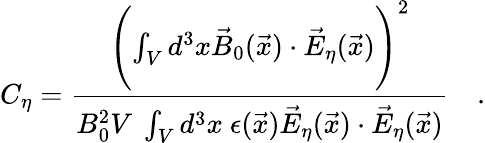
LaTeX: C_{\eta}={\frac{\Biggl(\int_{V}d^{3}x\vec{B}_{0}(\vec{x})\cdot\vec{E}_{\eta}(\vec{x})\Biggr)^{2}}{B_{0}^{2}V~\int_{V}d^{3}x~\epsilon(\vec{x})\vec{E}_{\eta}(\vec{x})\cdot\vec{E}_{\eta}(\vec{x})}}~~~\ .